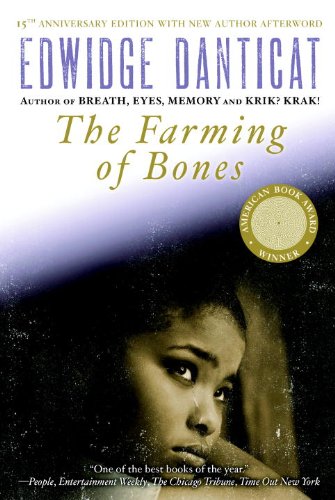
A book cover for The Farming of Bones; Edwidge Danticat; Literature & Fiction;